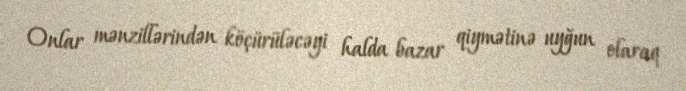
Onlar mənzillərindən köçürüləcəyi halda bazar qiymətinə uyğun olaraq